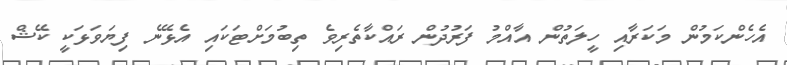
އެހެންކަމުން މަކަރާއި ހީލަތުން އާއްމު ފަރުދުން ރައްކާތެރިވެ ތިބުމަށްޓަކައި އެޅޭނެ ފިޔަވަޅަކީ ކޭޝް